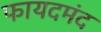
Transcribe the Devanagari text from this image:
फायदमंद